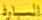
المنصورة